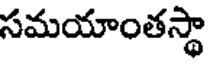
సమయాంతస్థా